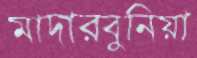
মাদারবুনিয়া